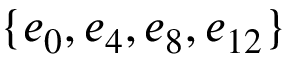
\{ e _ { 0 } , e _ { 4 } , e _ { 8 } , e _ { 1 2 } \}